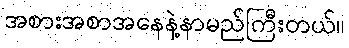
အစားအစာအနေနဲ့နာမည်ကြီးတယ်။